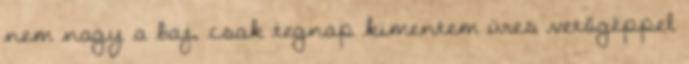
nem nagy a baj, csak tegnap kimentem üres vetőgéppel